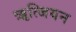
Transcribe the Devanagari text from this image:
ॠत्जियन